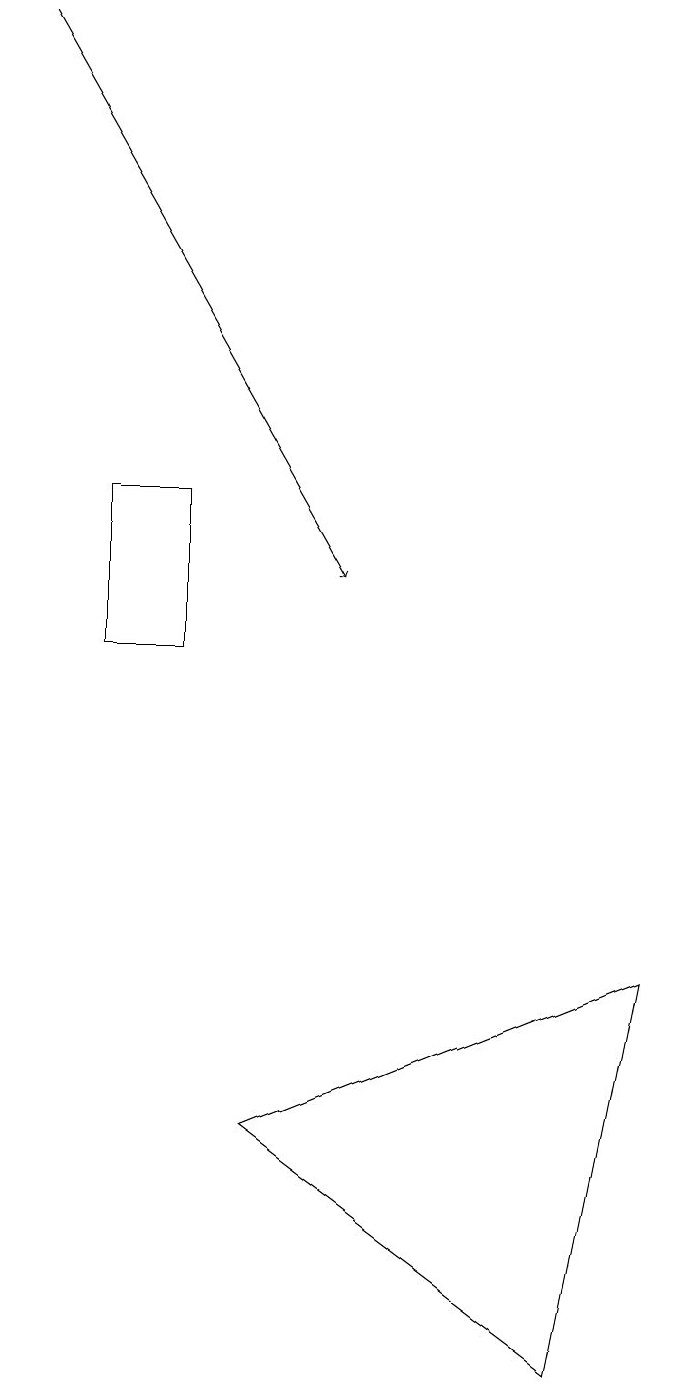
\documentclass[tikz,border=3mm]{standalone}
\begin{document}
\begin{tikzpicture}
\draw[->] (1,18) -- (5,11);
\draw (4,4) -- (8,1) -- (9,6) -- cycle;
\draw (3,10) rectangle (2,12);
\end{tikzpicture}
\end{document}